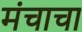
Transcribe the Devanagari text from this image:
मंचाचा